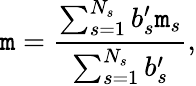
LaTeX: \mathtt{m}=\frac{{\sum_{s=1}^{N_{s}}{b_{s}^{\prime}\mathtt{m}_{s}}}}{{\sum_{s=1}^{N_{s}}{b_{s}^{\prime}}}},